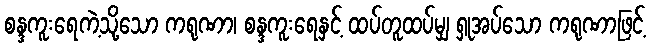
စန္ဒကူးရေကဲ့သို့သော ကရုဏာ၊ စန္ဒကူးရေနှင့် ထပ်တူထပ်မျှ ရှုအပ်သော ကရုဏာဖြင့်